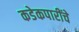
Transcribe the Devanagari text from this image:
कडेकपारींचे